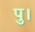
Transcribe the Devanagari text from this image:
पु।